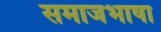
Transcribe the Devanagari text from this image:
समाजभाषा